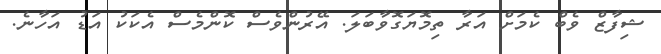
ޝިފާޒް ވެބް ކެމަށް އަރާ ތިމޮޔަގޮވާބަލަ. އޭރުންވެސް ކޮންމެސް އެކަކު އަޑު އަހާނެ.